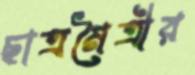
ছাত্রমৈত্রীর